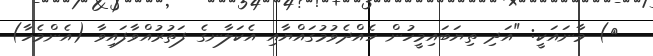
٤) މާނައަކީ: "އަދި ތިޔަބައިމީހުން ހެއްދެވުމުގައްޔާއި އެކަލާނގެ ފަތުރުއްވާފައިވާ (އެންމެހާ)